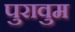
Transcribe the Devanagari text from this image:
पुरावुम